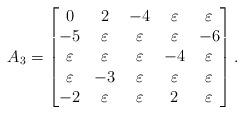
LaTeX: \begin{align*}A_{3} =\begin{bmatrix}0 & 2 & -4 & \varepsilon & \varepsilon \\ -5 & \varepsilon & \varepsilon & \varepsilon & -6 \\ \varepsilon & \varepsilon & \varepsilon & -4 & \varepsilon \\ \varepsilon & -3 & \varepsilon & \varepsilon & \varepsilon \\ -2 &\varepsilon & \varepsilon & 2 & \varepsilon\end{bmatrix}.\end{align*}